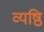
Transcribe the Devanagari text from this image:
व्यष्ठि